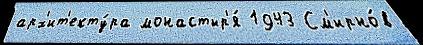
арх'ит'екту́ра монастыр'я́ 1943 См'ирно́в